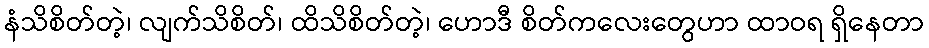
နံသိစိတ်တဲ့၊ လျက်သိစိတ်၊ ထိသိစိတ်တဲ့၊ ဟောဒီ စိတ်ကလေးတွေဟာ ထာဝရ ရှိနေတာ